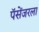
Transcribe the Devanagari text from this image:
पॅसेंजरला